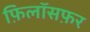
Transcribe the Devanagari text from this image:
फ़िलॉसफ़र